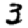
Digit: 3